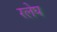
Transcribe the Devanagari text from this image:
रलेघ